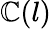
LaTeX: \mathbb{C}(l)